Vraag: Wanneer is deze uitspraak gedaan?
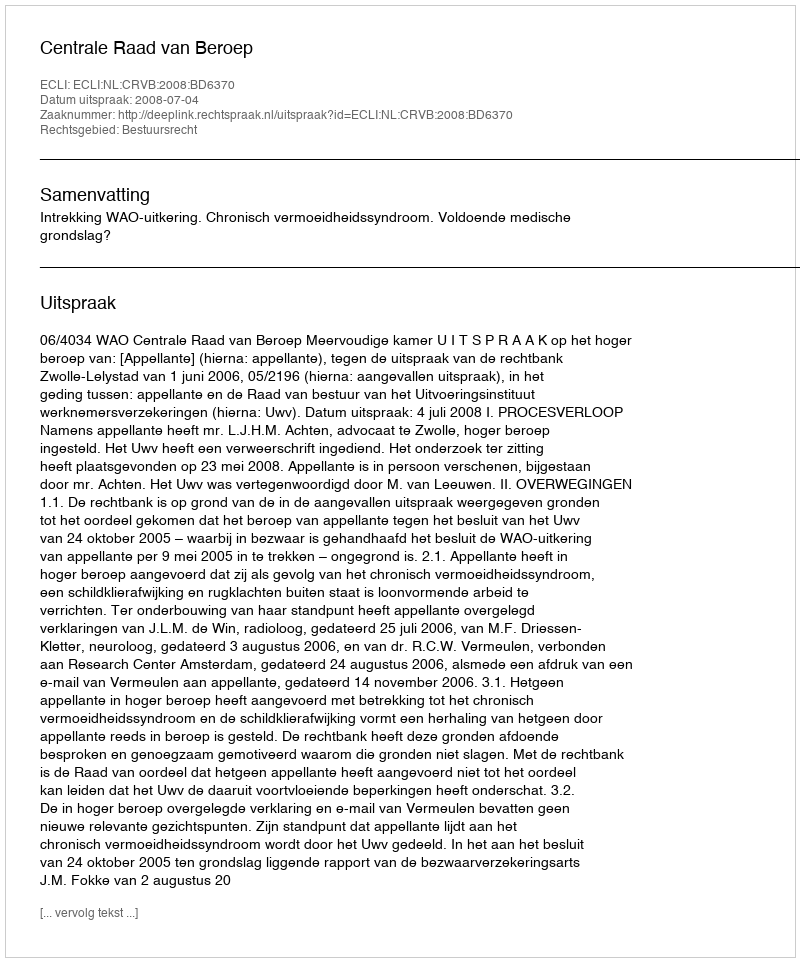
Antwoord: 2008-07-04